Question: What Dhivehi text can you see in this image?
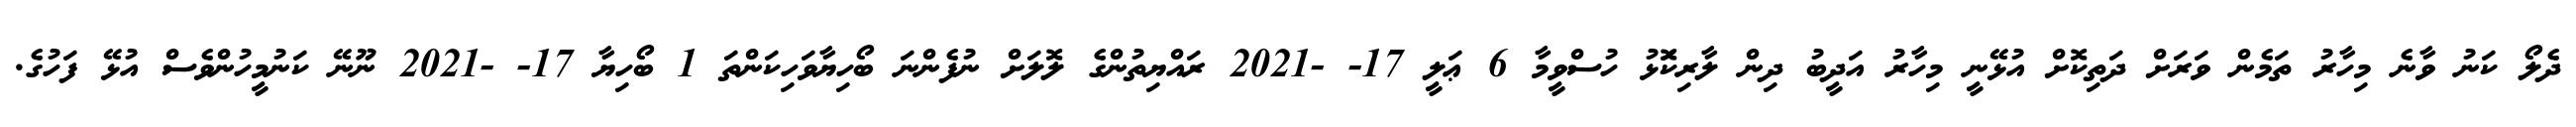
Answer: ދެލޯ ކަނު ވާނެ މިހާރު ތަމެން ވަރަށް ދަތިކޮށް އުޅޭނީ މިހާރު އަދީބު ދިން ލާރިކަޮޅު ހުސްވީމާ 6 ޢަލީ 17- -2021 ރައްޔިތުންގެ ލޮލަށް ނުފެންނަ ބޯހިޔާވަހިކަންތަ 1 ބޯހިޔާ 17- -2021 ނޫނޭ ކަނުމީހުންވެސް އުޅޭ ފަހުގެ.